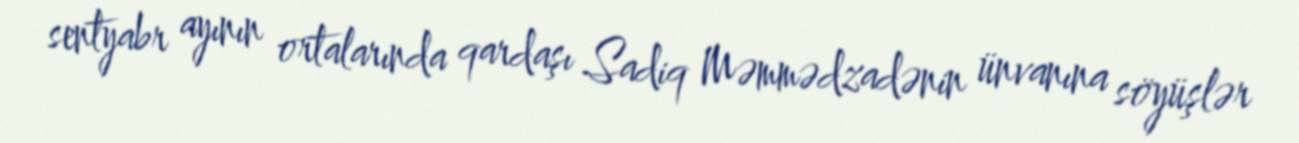
sentyabr ayının ortalarında qardaşı Sadiq Məmmədzadənin ünvanına söyüşlər